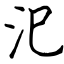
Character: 汜